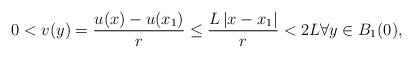
LaTeX: \begin{align*} 0 < v(y) = \frac{u(x) - u(x_1)}{r} \le \frac{L\, |x - x_1|}{r} < 2L \forall y \in B_1(0),\end{align*}